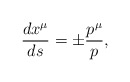
\begin{align*}\frac{dx^\mu }{ds}=\pm \frac{p^\mu }p, \end{align*}